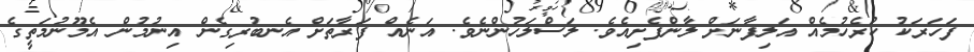
ފަހަރަކު ކުރެހުމެއް އަލިފާނަށް ލާންފެށިއެވެ. ލަސްލަހުންނެވެ. އަނެއް ފަރާތަށް އެނބުރިގެން އިނުމުން އެމޫނުމަތީގެ